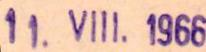
11.VIII. 1966